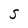
Character: s